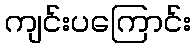
ကျင်းပကြောင်း